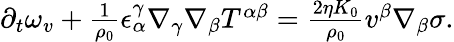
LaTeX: \begin{array}{r}{\partial_{t}\omega_{v}+\frac{1}{\rho_{0}}\epsilon_{\alpha}^{\gamma}\nabla_{\gamma}\nabla_{\beta}T^{\alpha\beta}=\frac{2\eta K_{0}}{\rho_{0}}v^{\beta}\nabla_{\beta}\sigma.}\end{array}